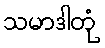
သမာဒါတုံ